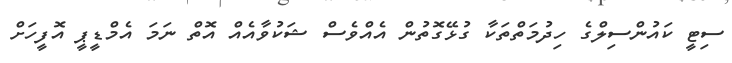
ސިޓީ ކައުންސިލްގެ ހިދުމަތްތަކާ ގުޅޭގޮތުން އެއްވެސް ޝަކުވާއެއް އޮތް ނަމަ އެމްޑީޕީ އޮފީހަށް